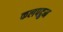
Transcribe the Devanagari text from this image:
कलपद्रुम